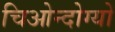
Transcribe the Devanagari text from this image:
चिओन्दोग्यो